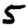
Digit: 5